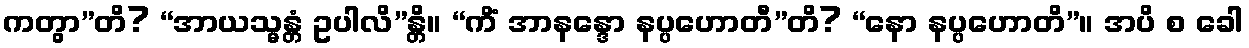
ကတွာ”တိ? “အာယသ္မန္တံ ဥပါလိ”န္တိ။ “ကိံ အာနန္ဒော နပ္ပဟောတီ”တိ? “နော နပ္ပဟောတိ”။ အပိ စ ခေါ